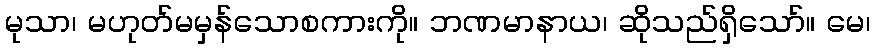
မုသာ၊ မဟုတ်မမှန်သောစကားကို။ ဘဏမာနာယ၊ ဆိုသည်ရှိသော်။ မေ၊